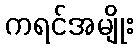
ကရင်အမျိုး